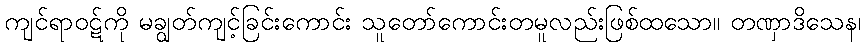
ကျင်ရာဝဋ်ကို မချွတ်ကျင့်ခြင်းကောင်း သူတော်ကောင်းတမူလည်းဖြစ်ထသော။ တဏှာဒိသေန၊